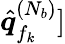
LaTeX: \hat{\boldsymbol q}_{f_{k}}^{(N_{b})}]